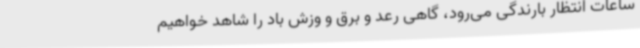
ساعات انتظار بارندگی می‌رود، گاهی رعد و برق و وزش باد را شاهد خواهیم